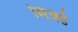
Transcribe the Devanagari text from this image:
मित्रई